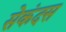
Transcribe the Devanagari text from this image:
सेकंदस